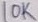
Text: 10K